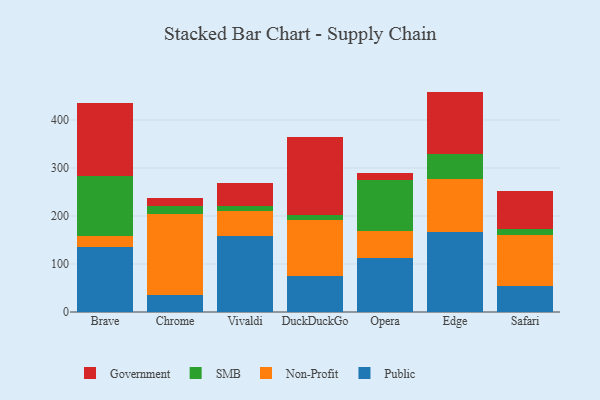
{"axis": {"x": "Browser", "y": "Backlog"}, "legend": ["Government", "Non-Profit", "Public", "SMB"], "data": [{"x": "Brave", "y": 135.1, "type": "Public"}, {"x": "Brave", "y": 22.4, "type": "Non-Profit"}, {"x": "Brave", "y": 124.9, "type": "SMB"}, {"x": "Brave", "y": 153.4, "type": "Government"}, {"x": "Chrome", "y": 36.1, "type": "Public"}, {"x": "Chrome", "y": 168.2, "type": "Non-Profit"}, {"x": "Chrome", "y": 17.6, "type": "SMB"}, {"x": "Chrome", "y": 16.5, "type": "Government"}, {"x": "Vivaldi", "y": 157.7, "type": "Public"}, {"x": "Vivaldi", "y": 53.3, "type": "Non-Profit"}, {"x": "Vivaldi", "y": 10.0, "type": "SMB"}, {"x": "Vivaldi", "y": 48.5, "type": "Government"}, {"x": "DuckDuckGo", "y": 74.3, "type": "Public"}, {"x": "DuckDuckGo", "y": 117.6, "type": "Non-Profit"}, {"x": "DuckDuckGo", "y": 10.2, "type": "SMB"}, {"x": "DuckDuckGo", "y": 162.0, "type": "Government"}, {"x": "Opera", "y": 112.6, "type": "Public"}, {"x": "Opera", "y": 55.2, "type": "Non-Profit"}, {"x": "Opera", "y": 106.9, "type": "SMB"}, {"x": "Opera", "y": 14.0, "type": "Government"}, {"x": "Edge", "y": 167.0, "type": "Public"}, {"x": "Edge", "y": 110.9, "type": "Non-Profit"}, {"x": "Edge", "y": 50.8, "type": "SMB"}, {"x": "Edge", "y": 130.5, "type": "Government"}, {"x": "Safari", "y": 54.3, "type": "Public"}, {"x": "Safari", "y": 106.7, "type": "Non-Profit"}, {"x": "Safari", "y": 12.5, "type": "SMB"}, {"x": "Safari", "y": 79.2, "type": "Government"}]}